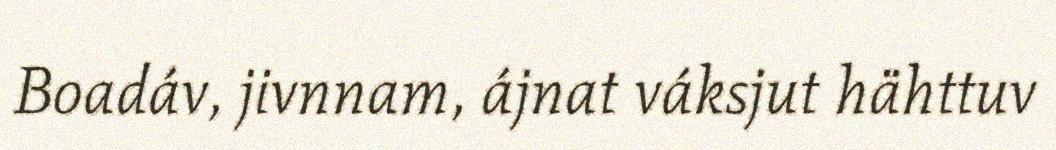
Boadáv, jivnnam, ájnat váksjut hähttuv